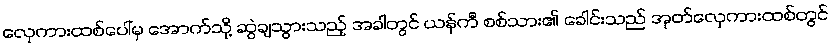
လှေကားထစ်ပေါ်မှ အောက်သို့ ဆွဲချသွားသည့် အခါတွင် ယန်ကီ စစ်သား၏ ခေါင်းသည် အုတ်လှေကားထစ်တွင်